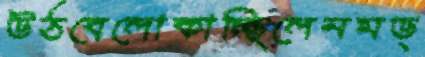
উঠবেলোকাচ্ছিলেনমড্